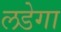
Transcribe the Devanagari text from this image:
लडेगा